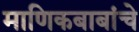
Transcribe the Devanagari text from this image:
माणिकबाबांचे